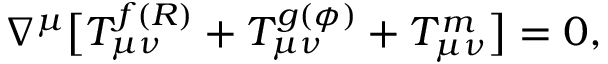
\nabla ^ { \mu } \big [ T _ { \mu \nu } ^ { f ( R ) } + T _ { \mu \nu } ^ { g ( \phi ) } + T _ { \mu \nu } ^ { m } \big ] = 0 ,